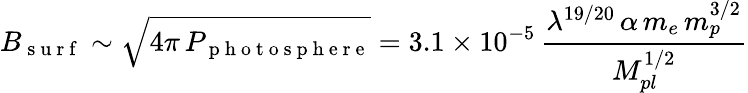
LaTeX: B_{\mathrm{~s~u~r~f~}}\sim\sqrt{4\pi\, P_{\mathrm{~p~h~o~t~o~s~p~h~e~r~e~}}}=3.1\times 10^{-5}\, \frac{\lambda^{19/20}\, \alpha\, m_{e}\, m_{p}^{3/2}}{M_{pl}^{1/2}}